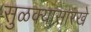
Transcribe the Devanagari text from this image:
सुळक्यासारखे